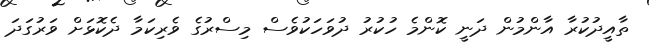
ތާއީދުކުރާ އާންމުން ދަނީ ކޮންމެ ހުކުރު ދުވަހަކުވެސް މިސްރުގެ ވެރިކަމާ ދެކޮޅަށް ވަރުގަދަ